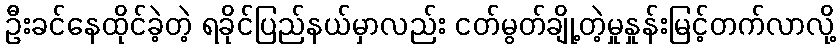
ဦးခင်နေထိုင်ခဲ့တဲ့ ရခိုင်ပြည်နယ်မှာလည်း ငတ်မွတ်ချို့တဲ့မှုနှုန်းမြင့်တက်လာလို့